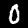
Digit: 0